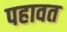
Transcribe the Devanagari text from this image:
पहावत